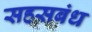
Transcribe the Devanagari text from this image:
सहसबंध